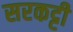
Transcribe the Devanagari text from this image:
सरकट्टी